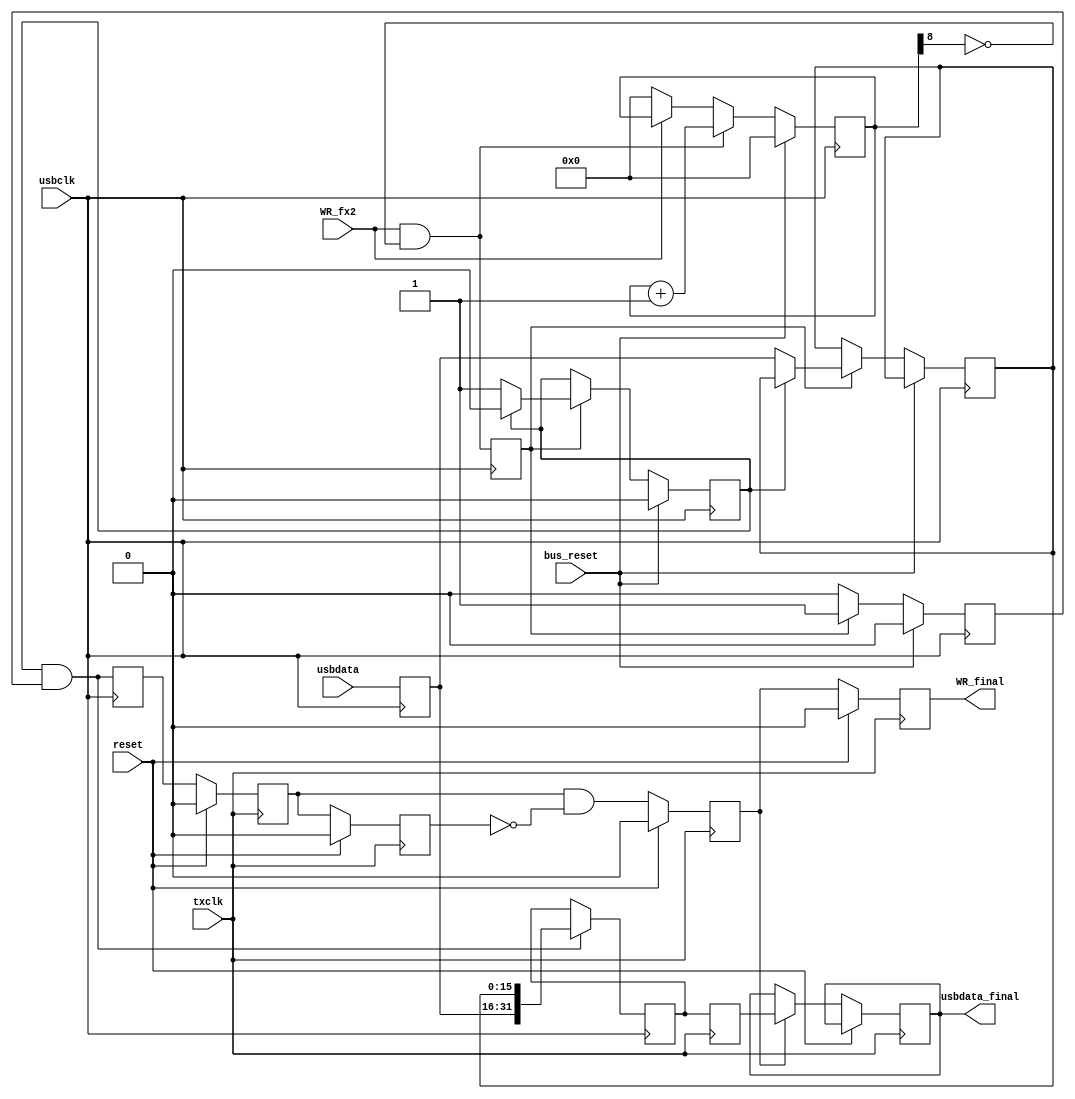
module tx_packer
   (     
			input bus_reset, 
			input usbclk, 
			input WR_fx2, 
			input [15:0]usbdata,
			input reset,
			input txclk,
			output reg [31:0] usbdata_final,
			output reg WR_final);
	reg [8:0] write_count;
	always @(posedge usbclk)
	begin
    	if(bus_reset)        
       		write_count <= #1 0;
    	else if(WR_fx2 & ~write_count[8])
    		write_count <= #1 write_count + 9'd1;
    	else
    		write_count <= #1 WR_fx2 ? write_count : 9'b0;
	end
	reg WR_fx2_fixed;
	reg [15:0]usbdata_fixed;
	always @(posedge usbclk) 
	begin
	   WR_fx2_fixed <= WR_fx2 & ~write_count[8];
	   usbdata_fixed <= usbdata;
	end
    reg                             word_complete ;
    reg     [15:0]         			usbdata_delayed ;
    reg                             writing ;
	wire	[31:0]					usbdata_packed ;    
	wire							WR_packed ;
    always @(posedge usbclk)
    begin
        if (bus_reset)
          begin
            word_complete <= 0 ;
            writing <= 0 ;
          end
        else if (WR_fx2_fixed)
          begin
            writing <= 1 ;
            if (word_complete)
                word_complete <= 0 ;
            else
              begin
                usbdata_delayed <= usbdata_fixed ;
                word_complete <= 1 ;
              end
          end
        else
            writing <= 0 ;
	end
	assign usbdata_packed = {usbdata_fixed, usbdata_delayed} ;
    assign WR_packed = word_complete & writing ;
 	reg [31:0]usbdata_usbclk;
	reg WR_usbclk; 
    always @(posedge usbclk)
    begin
    	if (WR_packed)
    		usbdata_usbclk <= usbdata_packed;
        WR_usbclk <= WR_packed;
    end
	reg [31:0] usbdata_tx ;
	reg WR_tx;
    reg WR_1;
    reg WR_2;
	always @(posedge txclk) usbdata_tx <= usbdata_usbclk;
    always @(posedge txclk) 
    	if (reset)
    		WR_1 <= 0;
    	else
       		WR_1 <= WR_usbclk;
    always @(posedge txclk) 
    	if (reset)
       		WR_2 <= 0;
    	else
      		WR_2 <= WR_1;
	always @(posedge txclk)
	begin
		if (reset)
			WR_tx <= 0;
		else
		   WR_tx <= WR_1 & ~WR_2;
	end
	always @(posedge txclk)
	begin
	   if (reset)
	      WR_final <= 0;
	   else
	   begin
	      WR_final <= WR_tx; 
	      if (WR_tx)
	         usbdata_final <= usbdata_tx;
	   end
	end
endmodule